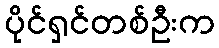
ပိုင်ရှင်တစ်ဦးက